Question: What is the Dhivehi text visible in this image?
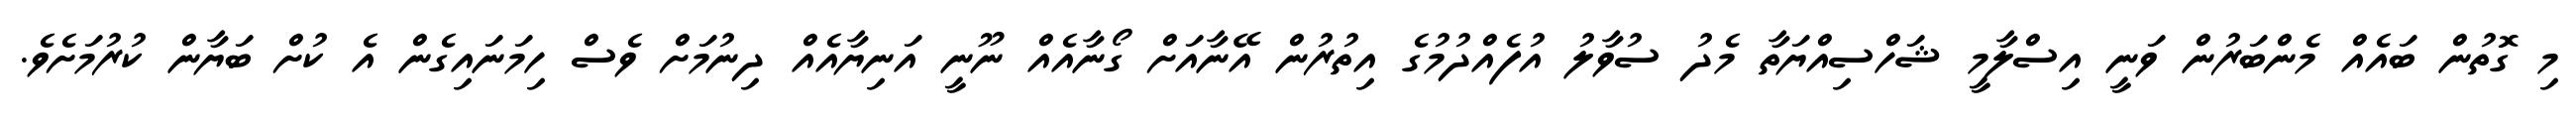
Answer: މި ގޮތުން ބައެއް މެންބަރުން ވަނީ އިސްލާމީ ޝަހްސިއްޔަތާ މެދު ސުވާލު އުފެއްދުމުގެ އިތުރުން އޭނާއަށް ގޯނާއެއް ނޫނީ އަނިޔާއެއް ދިނުމަށް ވެސް ހިމަނައިގެން އެ ކުށް ބަޔާން ކުރުމަށެވެ.